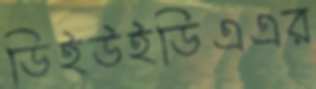
ডিইউইডিএএর